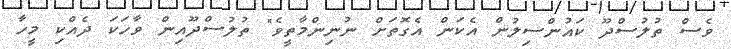
ވެސް ތުލުސްދޫ ކައުންސިލުން އެކަން އެގޮތަށް ނުނިންމާތީވެ" ތުލުސްދޫއިން ވާހަކަ ދެއްކި މީހާ